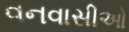
વનવાસીઓ